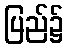
ပြည်၌